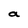
Character: a